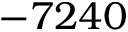
- 7 2 4 0